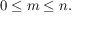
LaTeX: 0 \leq m \leq n .